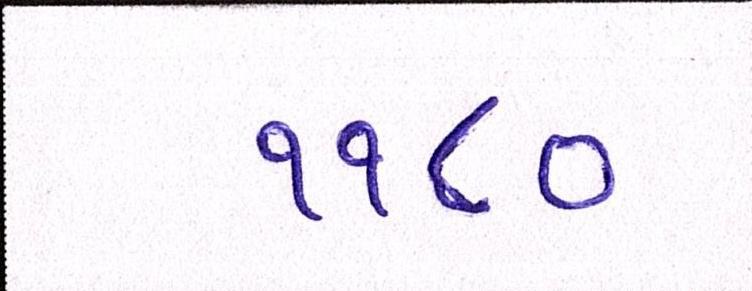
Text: ૧૧૮૦